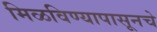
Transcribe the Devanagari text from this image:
मिळविण्यापासूनचे